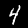
Digit: 4